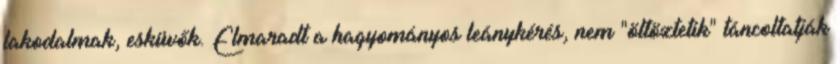
lakodalmak, esküvők. Elmaradt a hagyományos leánykérés, nem "öltöztetik" táncoltatják